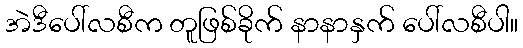
အဲဒီပေါ်လစီက တူဖြစ်ခိုက် နာနာနှက် ပေါ်လစီပါ။